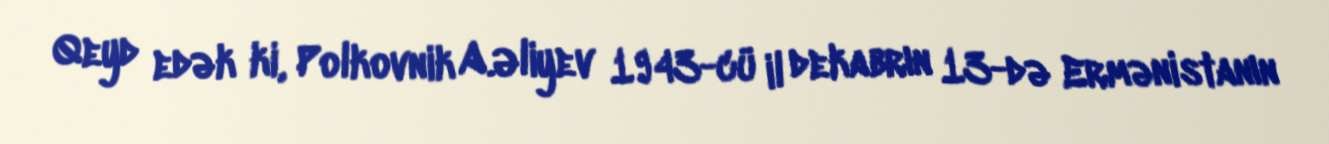
Qeyd edək ki, Polkovnik A.Əliyev 1943-cü il dekabrın 13-də Ermənistanın